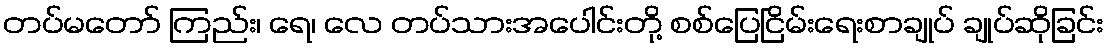
တပ်မတော် ကြည်း၊ ရေ၊ လေ တပ်သားအပေါင်းတို့ စစ်ပြေငြိမ်းရေးစာချုပ် ချုပ်ဆိုခြင်း